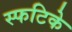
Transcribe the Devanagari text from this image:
स्फटिके